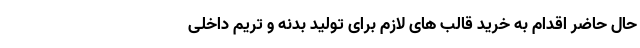
حال حاضر اقدام به خرید قالب های لازم برای تولید بدنه و تریم داخلی